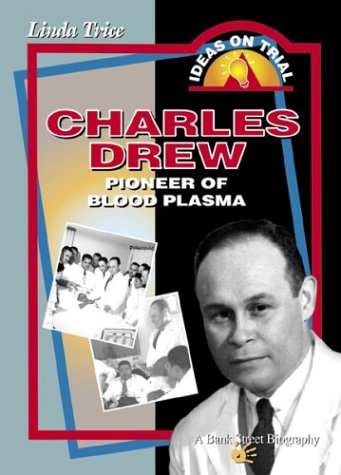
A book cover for Charles Drew: Pioneer of Blood Plasma; Linda Trice; Teen & Young Adult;